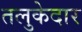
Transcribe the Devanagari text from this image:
तलुकेदार